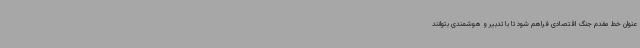
عنوان خط مقدم جنگ اقتصادی فراهم شود تا با تدبیر و هوشمندی بتوانند